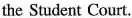
the Student Court.